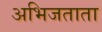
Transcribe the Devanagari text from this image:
अभिजताता